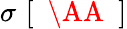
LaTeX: \sigma\, \, [\mathrm{~{~\AA~}~}]